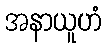
အနာယူဟံ